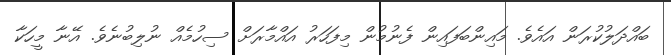
ބައްދަލުކުރަން އައެވެ. މައިންބަފައިން ފެނުމުން މިފަހަރު އައްމާރަށް ސިހުމެއް ނުލިބުނެވެ. އޭނާ މީހަކާ